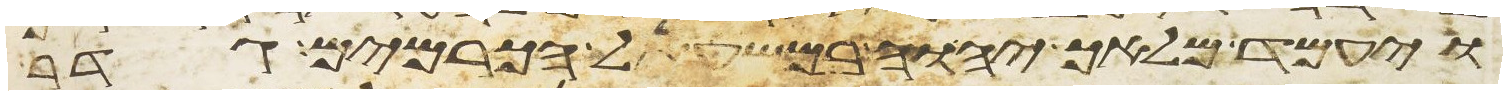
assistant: ויעמד מלאך יהוה במשעל הכרמים גדר